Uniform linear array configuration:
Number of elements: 12
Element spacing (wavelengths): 0.5
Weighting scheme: hann
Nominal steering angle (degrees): -30
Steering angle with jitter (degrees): -29.852
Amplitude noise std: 0.05
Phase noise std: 0.05

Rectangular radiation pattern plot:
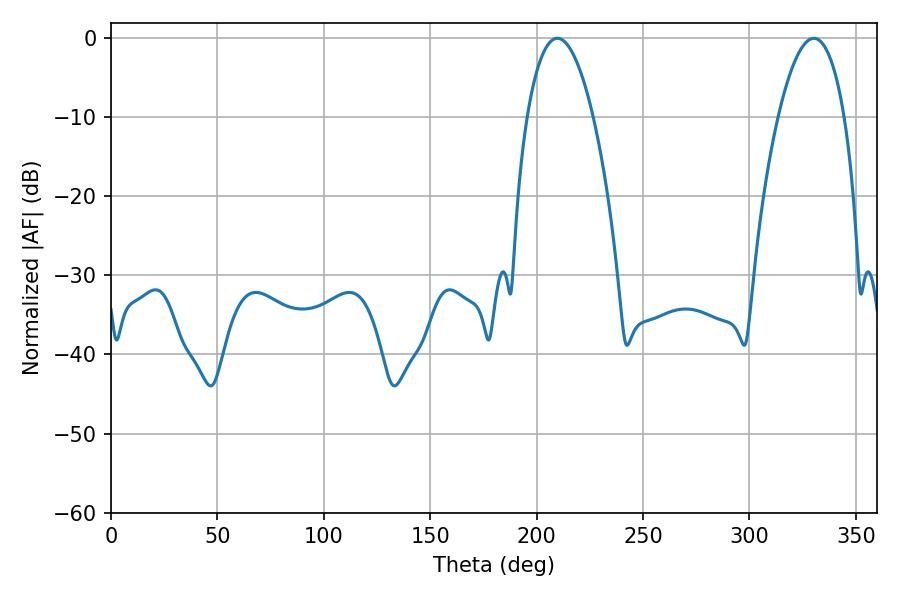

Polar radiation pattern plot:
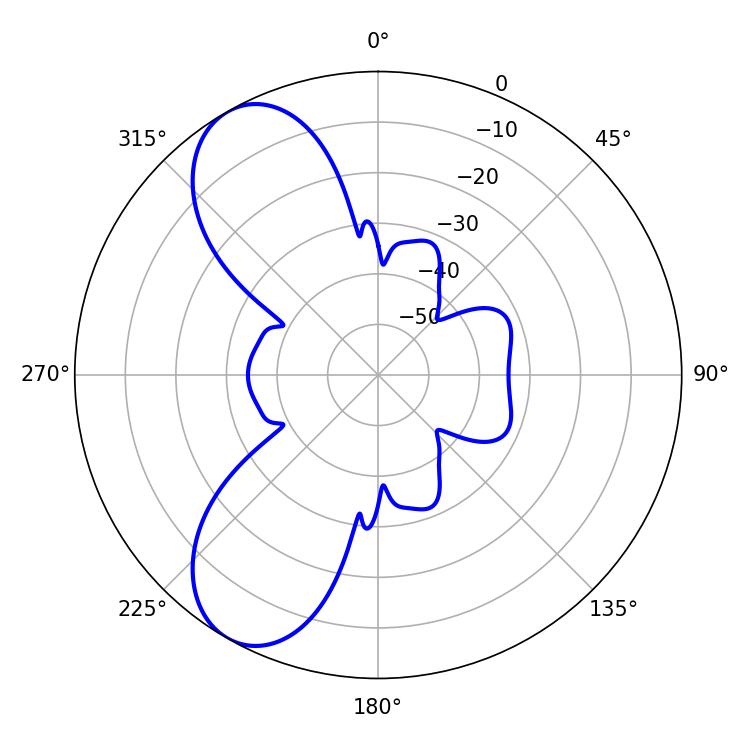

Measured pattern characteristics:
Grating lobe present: FALSE
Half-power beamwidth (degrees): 17.28
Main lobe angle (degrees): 209.7